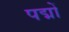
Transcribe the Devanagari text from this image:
पद्मों